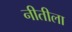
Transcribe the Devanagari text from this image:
नीतीला